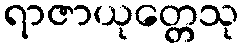
ရာဇာယုတ္တေသု